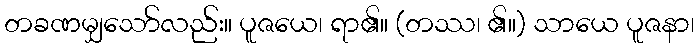
တခဏမျှသော်လည်း။ ပူဇယေ၊ ရာ၏။ (တဿ၊ ၏။) သာယေ ပူဇနာ၊